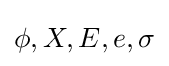
\phi ,X,E,e,\sigma